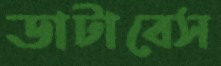
ডাটাবেস